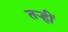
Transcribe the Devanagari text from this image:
तऱ्हीं